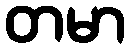
တမာ